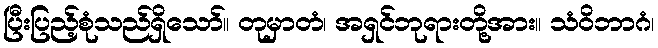
ပြီးပြည့်စုံသည်ရှိသော်။ တုမှာတံ၊ အရှင်ဘုရားတို့အား။ သံဝိဘာဂံ၊